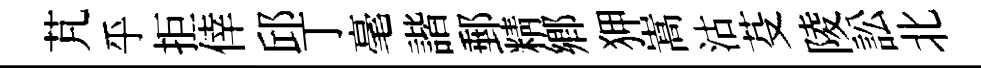
芃乎拒倖邱丁毫諧郵精鄕狎嵩沽芟陵訟北